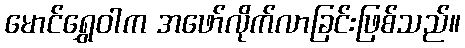
မောင်ရွှေဝါက အဖော်လိုက်လာခြင်းဖြစ်သည်။